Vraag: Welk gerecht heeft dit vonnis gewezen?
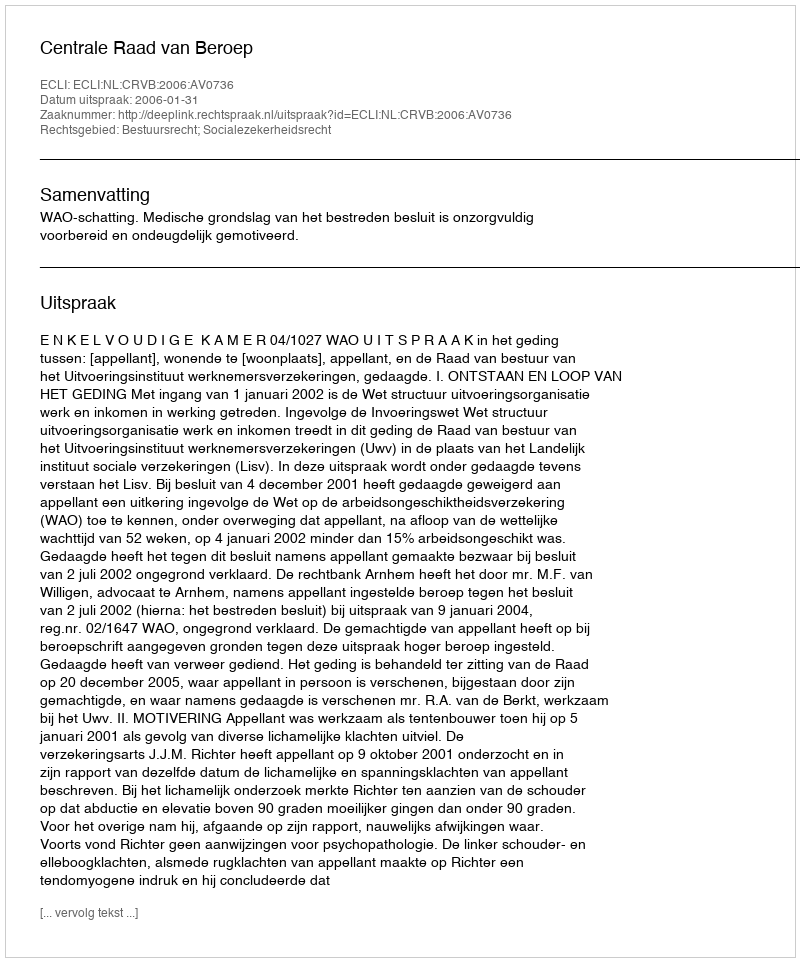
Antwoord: Centrale Raad van Beroep